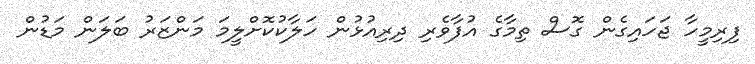
ފިރިމީހާ ޖަހައިގެން ގޮސް ތިމާގެ އުފާވެރި ދިރިއުޅުން ހަލާކުކޮށްލީމަ މަންޒަރު ބަލަން މަޑުން